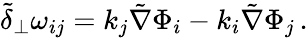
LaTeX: \tilde{\delta}_{\perp}\omega_{ij}=k_{j}\tilde{\nabla}\Phi_{i}-k_{i}\tilde{\nabla}\Phi_{j}\, .